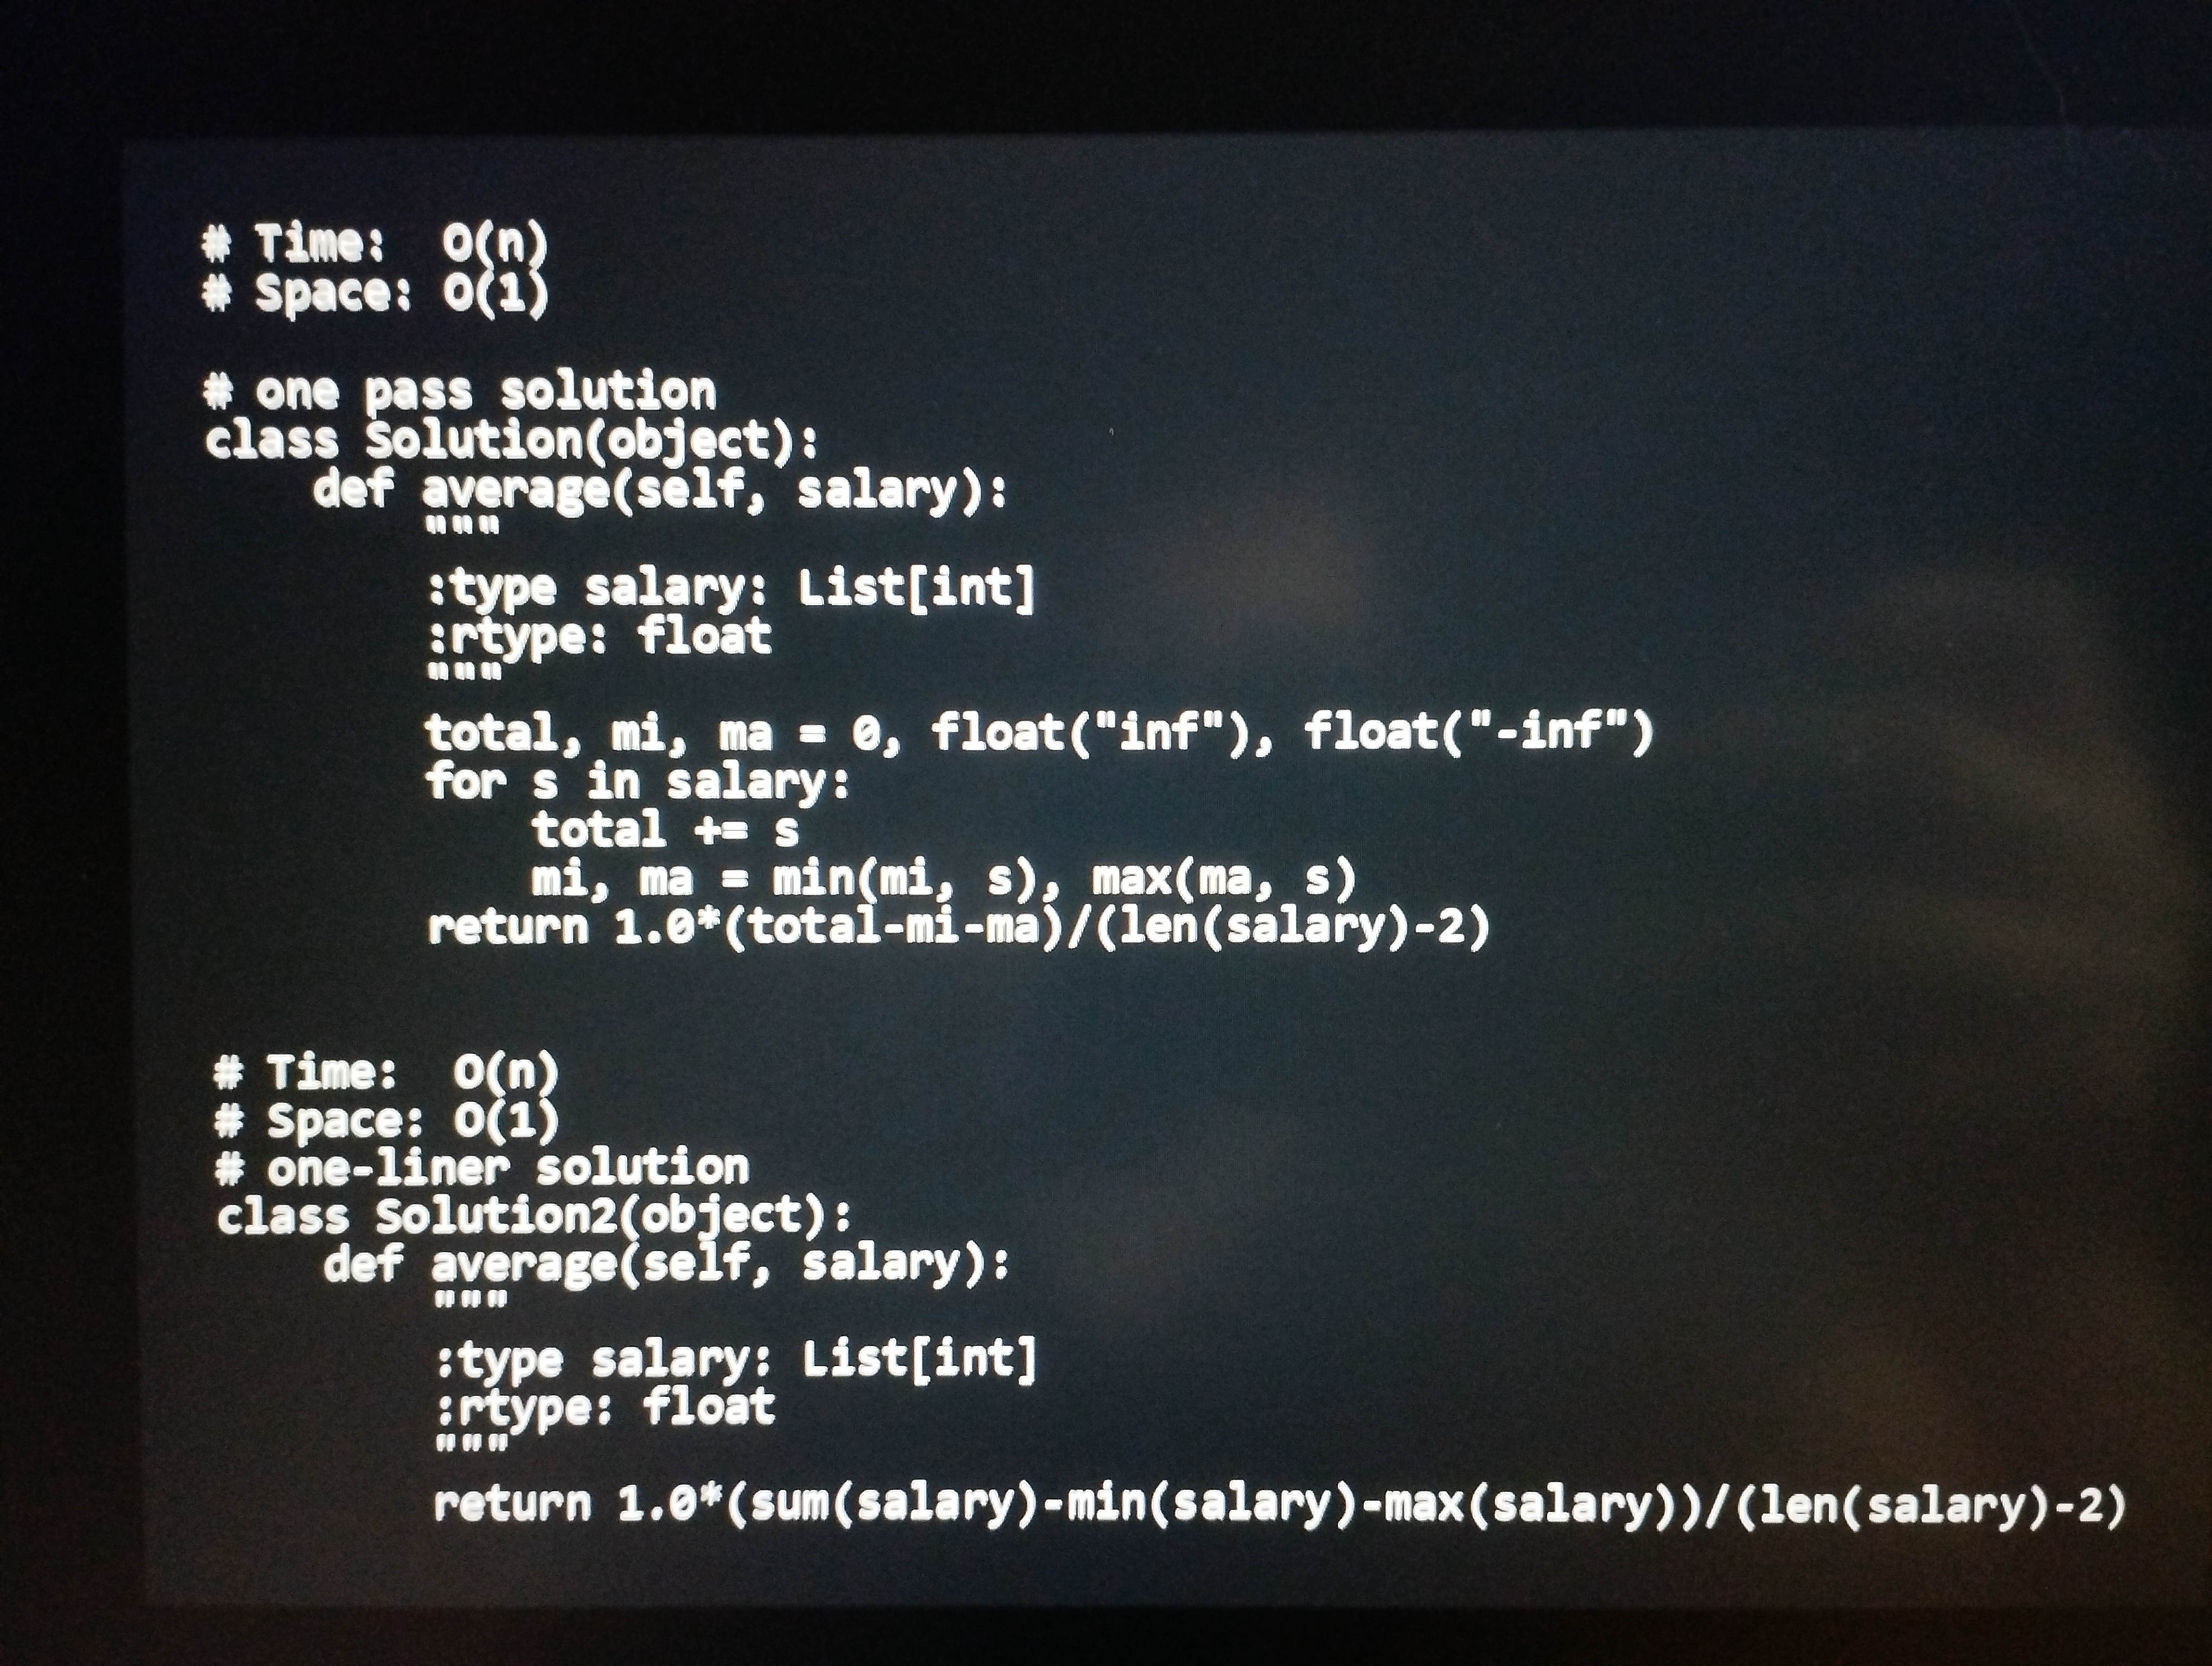
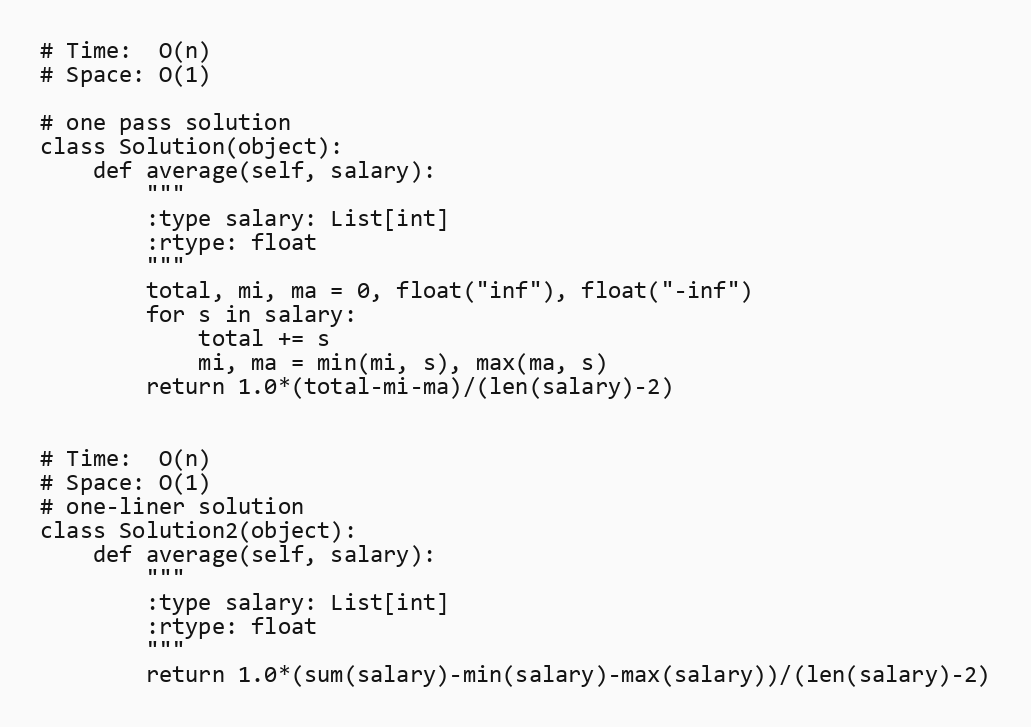
# Time:  O(n)
# Space: O(1)

# one pass solution
class Solution(object):
    def average(self, salary):
        """
        :type salary: List[int]
        :rtype: float
        """
        total, mi, ma = 0, float("inf"), float("-inf")
        for s in salary:
            total += s
            mi, ma = min(mi, s), max(ma, s)
        return 1.0*(total-mi-ma)/(len(salary)-2)

# Time:  O(n)
# Space: O(1)
# one-liner solution
class Solution2(object):
    def average(self, salary):
        """
        :type salary: List[int]
        :rtype: float
        """
        return 1.0*(sum(salary)-min(salary)-max(salary))/(len(salary)-2)